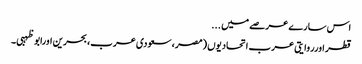
اس سارے عرصے میں ...
قطر اورروایتی عرب اتحادیوں (مصر، سعودی عرب، بحرین اورابو ظہبی۔